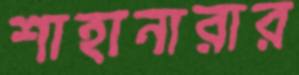
শাহানারার